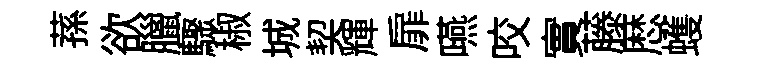
蓀欲臘驟椒城契輝扉嚥咬實藤厯蠖